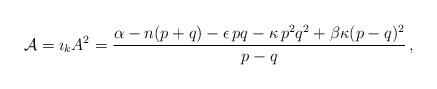
LaTeX: \begin{align*}{\cal A} = {\imath}_k A^2 = \frac{\alpha - n (p+ q) - \epsilon \, p q -\kappa \, p^2 q^2+\beta \kappa (p-q)^2}{p-q}\,,\end{align*}